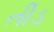
તીડ